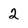
Character: 2